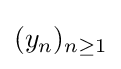
(y_{n})_{n\geq 1}